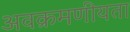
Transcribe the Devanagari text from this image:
अवक्रमणीयता